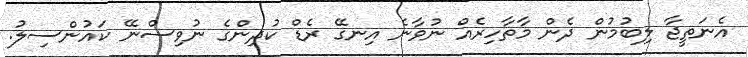
އެނަތީޖާ ލިބުމުން ދެން މާތާހިރެއް ނުވާނެ އިނގޭ ރެޑް ކުދިންގެ ނުވިސްނޭ ކައުންސިލު.